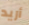
أريد